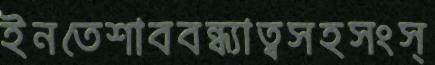
ইনতেশাববন্ধ্যাত্বসহসংস্